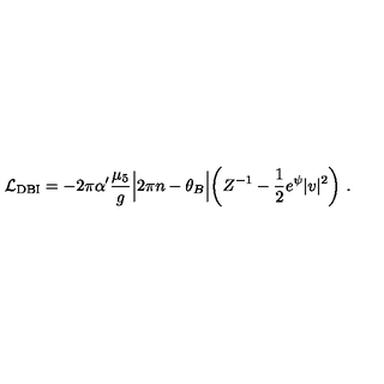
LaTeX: { \cal L } _ { \mathrm { D B I } } = - 2 \pi \alpha ^ { \prime } \frac { \mu _ { 5 } } { g } \Bigl | 2 \pi n - \theta _ { B } \Bigr | \biggl ( Z ^ { - 1 } - \frac { 1 } { 2 } e ^ { \psi } | v | ^ { 2 } \biggr ) \ .